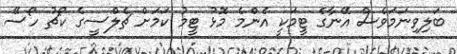
ބަލިވިނަމަވެސް އޭނާގެ ޓީމަކީ އެންމެ މޮޅު ޓީމު ކަމަށް ޗެލްސީގެ ކޯޗު ހޯސޭ